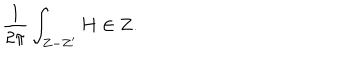
{ \frac { 1 } { 2 \pi } } \int _ { Z - Z ^ { \prime } } H \in { \bf Z } .